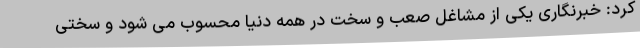
کرد: خبرنگاری یکی از مشاغل صعب و سخت در همه دنیا محسوب می شود و سختی